system: You are a helpful assistant.
user:
Analyze the provided spectrum to determine if it is a **White Dwarf (WD)**.

A White Dwarf spectrum is defined by its **extreme purity** (due to gravitational settling) and/or **extreme pressure broadening** (due to high surface gravity). You must check for one of the following mutually exclusive signatures:

- **Key Visual Indicators (Check for ONE of these types):**

    - **1. DA-Type Signature (Most Common):**
        - **(Primary Feature):** Extreme pressure broadening (Stark broadening) of the **Hydrogen (H) Balmer lines**.
        - **(Key Lines):** $H\beta$ (approx. $4861$ Å) and $H\gamma$ (approx. $4340$ Å). $H\alpha$ (approx. $6563$ Å) will also be present if the wavelength range covers it.
        - **(Line Profile):** This is the **defining feature**. The lines are **NOT** sharp. They appear as massive, **extremely broad and deep "troughs" or "dips"** in the spectrum, often hundreds of Ångströms wide. The continuum will appear to "scoop" down at these wavelengths.
        - **(Distinction):** Normal A-type or B-type stars have *narrow* and *sharp* Hydrogen lines. A DA White Dwarf's lines are unmistakably "smeared" or "blurry" from pressure.

    - **2. DB-Type Signature:**
        - **(Primary Feature):** Broad absorption lines from **Neutral Helium (He I)**. The spectrum must lack any visible Hydrogen lines.
        - **(Key Lines):** Look for broad absorption near $4471$ Å, $4921$ Å, and $5876$ Å.
        - **(Line Profile):** These lines are also significantly pressure-broadened, appearing much wider than they would in a normal B-type main-sequence star.

    - **3. DC-Type Signature:**
        - **(Primary Feature):** A **featureless continuous spectrum**.
        - **(Line Profile):** The spectrum is a smooth curve with **no significant absorption or emission lines**.
        - **(Key Confirmation):** The continuum is almost always **blue or white**, indicating a hot object. This signature implies the atmosphere is so pure (or so cool) that no spectral lines are visible in the optical range. Its WD identity is confirmed by its extremely low intrinsic brightness (high absolute magnitude).

    - **4. DZ-Type Signature (Metal-Polluted):**
        - **(Primary Feature):** **Isolated, narrow metal absorption lines** on an otherwise featureless (DC-like) continuum.
        - **(Key Lines):** The **Calcium (Ca II) H & K doublet** (approx. **$3934$ Å** and **$3968$ Å**) is the most common and defining feature.
        - **(Line Profile):** These lines are "out of place." They are *not* part of a "forest" of thousands of lines. This signature is evidence of recent *accretion* (pollution) from rocky debris.
        - **(Distinction):** Normal G/K/M stars have a *dense forest* of thousands of metal lines. A DZ has a *clean* continuum with *only a few* strong metal lines.

    - **5. DQ-Type Signature (Carbon-Polluted):**
        - **(Primary Feature):** Absorption bands from **Carbon (C₂ "Swan Bands" or atomic C I)**.
        - **(Key Lines - C₂):** Look for bandheads with a "saw-tooth" shape near $5635$ Å, **$5165$ Å** (strongest), and $4737$ Å.
        - **(Key Confirmation):** The underlying **continuum must be blue or white** (hot).
        - **(Distinction):** This is the critical difference from a **Carbon Star**, which has the *exact same* C₂ bands but on an extremely **red, cool** continuum.

- **(Overall Spectrum):**
    - The continuum (overall shape) is typically **blue-sloping** (brighter in the blue than the red), as most white dwarfs are very hot.
    - The spectrum will look "pure" or "simple," dominated by only *one* of the five signatures listed above.

Think first, call **spectral_visualization_tool** if needed to examine features in detail, then provide your final answer. Your response must adhere to the following strict rules:
1.  **Overall Structure:** Your response must follow the format `<think>...</think> <tool_call>...</tool_call> (if a tool is used) <answer>...</answer>`.
2.  **Tool Usage Constraint:** You may only make **one** tool call per turn.
3.  **Final Answer Format:** In the `<answer>` tag, your conclusion must be inside a `\boxed{}` command (e.g., `\boxed{YES}` or `\boxed{NO}`), followed by your justification.

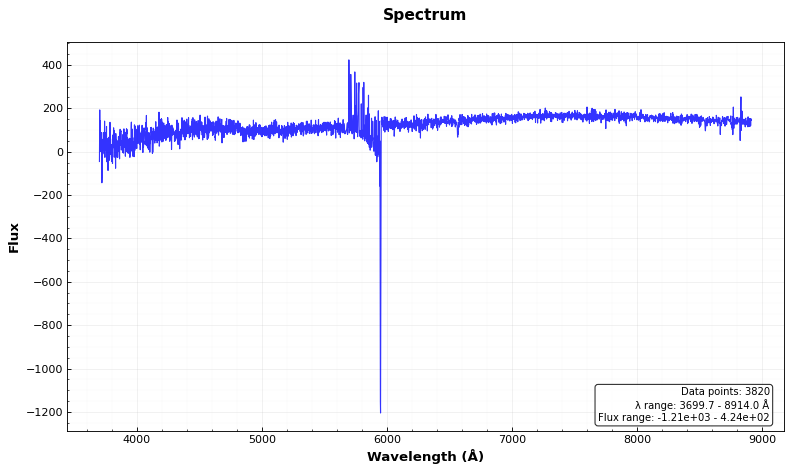
Answer: NO